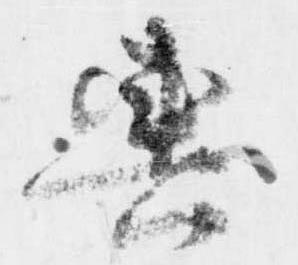
輿